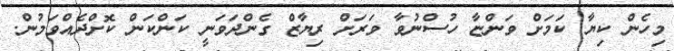
މިހެން ކިޔާ ކަމަށް ވަންޏާ ހުސްނުވާ ވަރަށް ރިޔާޒް ގެންދަވަނީ ކަންކަން ކޮށްދެއްވަމުން.